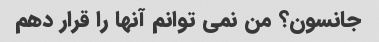
جانسون؟ من نمی توانم آنها را قرار دهم